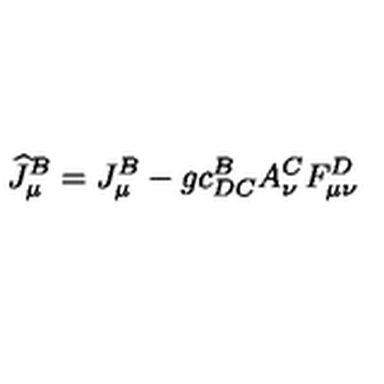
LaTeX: \widehat { J } _ { \mu } ^ { B } = J _ { \mu } ^ { B } - g c _ { D C } ^ { B } A _ { \nu } ^ { C } F _ { \mu \nu } ^ { D }